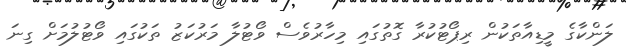
ލަންކާގެ މީޑިއާތަކުން ރިޕޯޓުކުރާ ގޮތުގައި މިހާރުވެސް ވޯޓުލާ މަރުކަޒު ތަކުގައި ވޯޓުލުމަށް ގިނަ